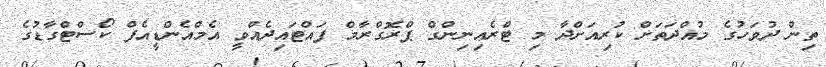
ތިން ދުވަހުގެ މުއްދަތަށް ކުރިއަށްދާ މި ޓްރެއިނިންގް ޕްރޮގްރާމް ފައްޓައިދެއްވީ އެމްއެންޑީއެފް ކޯސްޓްގާޑުގެ